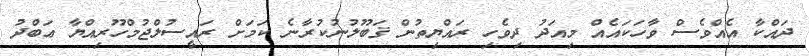
ދައްކާ އެއްވެސް ވާހަކައެއް މިއަދު ދިވެހި ރައްޔިތުން ޤަބޫލުނުކުރާނެ ކަމަށް ރައީސުލްޖުމްހޫރިއްޔާ ޢަބްދު